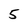
Character: 5